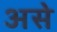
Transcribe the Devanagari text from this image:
असेे